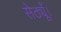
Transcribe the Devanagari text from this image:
सेठ्यूँ।